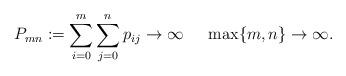
LaTeX: \begin{align*}P_{mn}:=\sum_{i=0}^m\sum_{j=0}^{n}p_{ij}\to\infty\,\,\,\,\,\,\,\,\max\{m,n\}\to\infty.\end{align*}